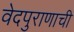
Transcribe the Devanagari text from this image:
वेदपुराणाची